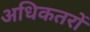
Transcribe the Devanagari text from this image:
अधिकतरों